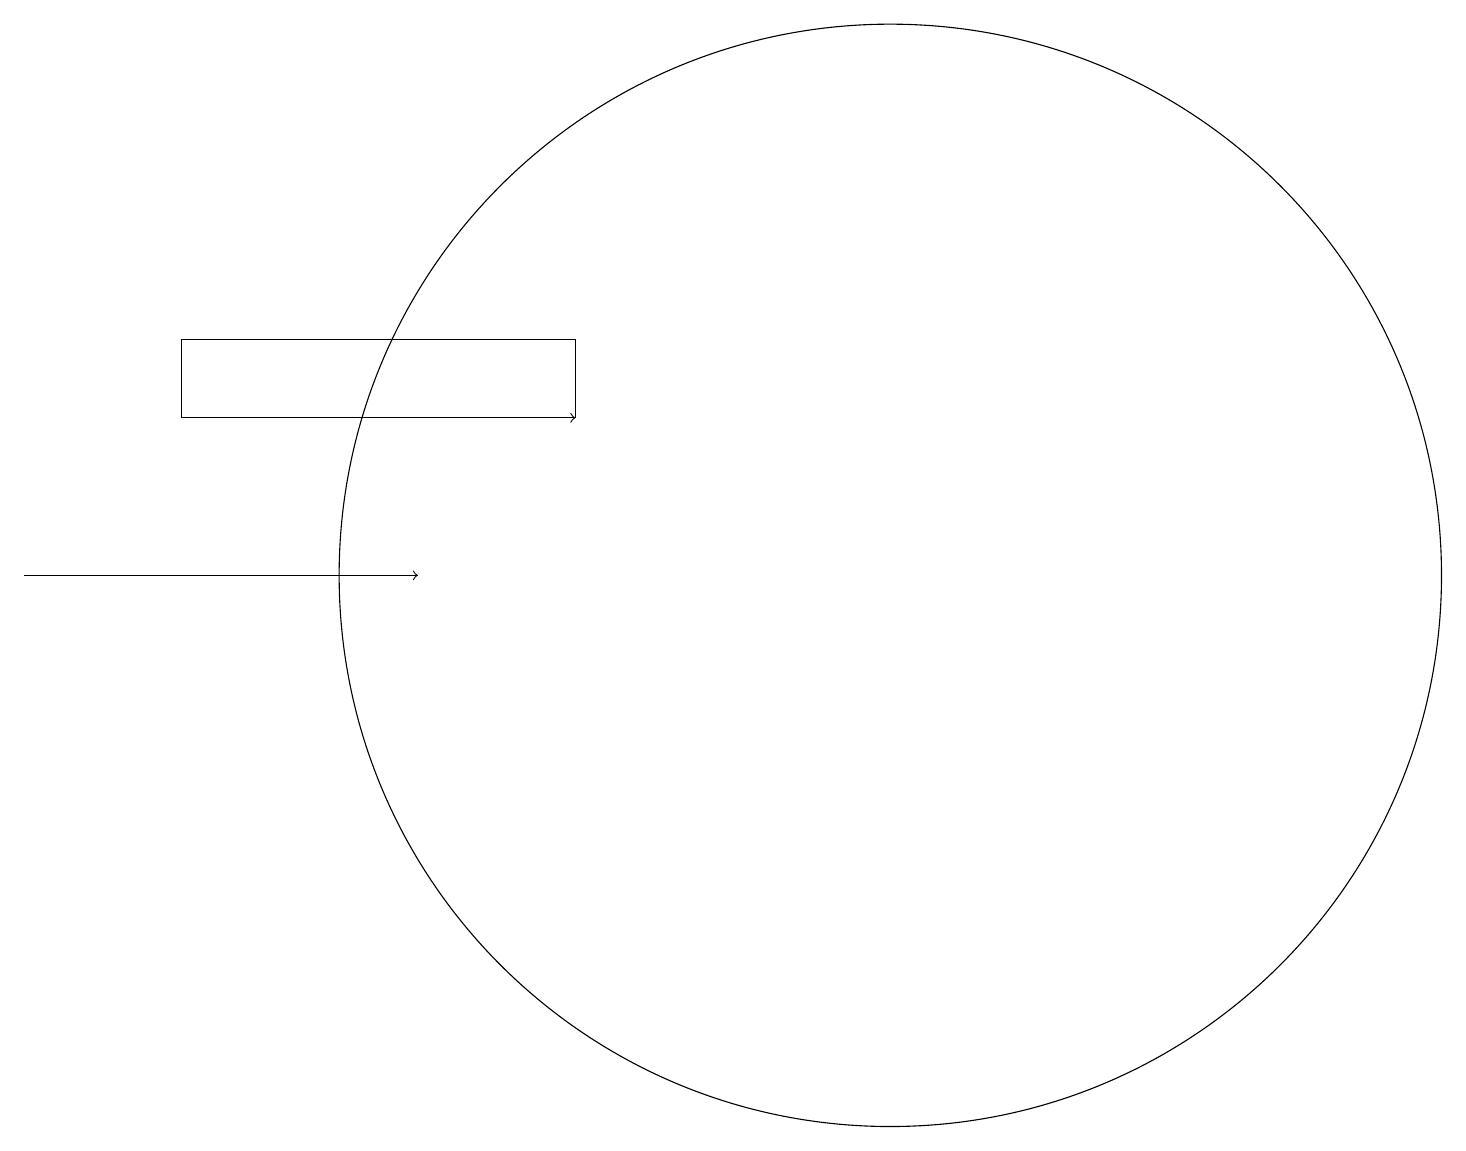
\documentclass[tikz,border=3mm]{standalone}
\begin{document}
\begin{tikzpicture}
\draw[->] (6,12) -- (7,12);
\draw (11,10) circle (7);
\draw[->] (0,10) -- (5,10);
\draw (7,13) rectangle (2,12);
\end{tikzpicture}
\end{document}